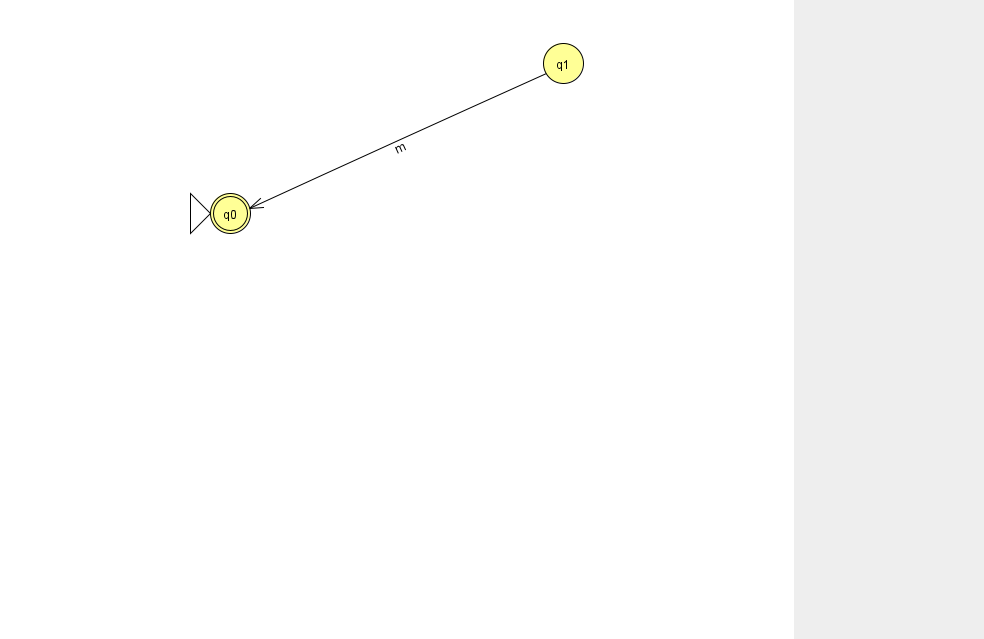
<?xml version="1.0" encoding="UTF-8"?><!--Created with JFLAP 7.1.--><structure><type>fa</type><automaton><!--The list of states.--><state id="0" name="q0"><x>230.0</x><y>200.0</y><initial/><final/></state><state id="1" name="q1"><x>563.0</x><y>50.0</y></state><!--The list of transitions.--><transition><from>1</from><to>0</to><read>m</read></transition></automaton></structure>